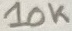
Text: 10K